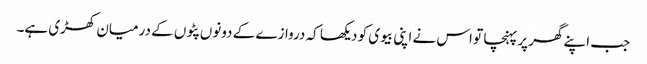
جب اپنے گھر پر پہنچا تو اس نے اپنی بیوی کو دیکھا کہ دروازے کے دونوں پٹوں کے درمیان کھڑی ہے۔